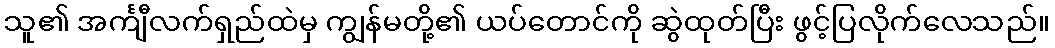
သူ၏ အင်္ကျီလက်ရှည်ထဲမှ ကျွန်မတို့၏ ယပ်တောင်ကို ဆွဲထုတ်ပြီး ဖွင့်ပြလိုက်လေသည်။